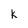
Character: K